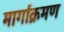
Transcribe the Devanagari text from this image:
मार्गाक्रमण